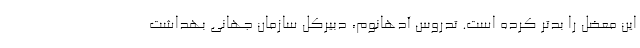
این معضل را بدتر کرده است. تدروس آدهانوم، دبیرکل سازمان جهانی بهداشت